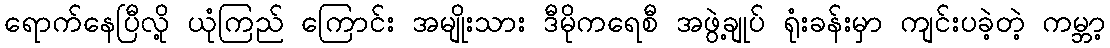
ရောက်နေပြီလို့ ယုံကြည် ကြောင်း အမျိုးသား ဒီမိုကရေစီ အဖွဲ့ချုပ် ရုံးခန်းမှာ ကျင်းပခဲ့တဲ့ ကမ္ဘာ့